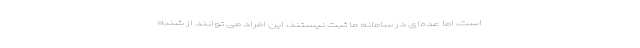
است، اما عده‌ای در سامانه ما ثبت نیستند، این افراد می توانند از شنبه